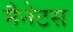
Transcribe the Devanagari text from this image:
मैनेटस